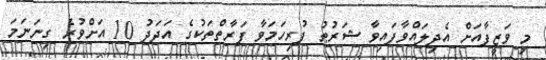
މި ވަޒީފާއަށް އެދިލައްވާފައިވާ ޝަރުޠު ފުރިހަމަވާ ފަރާތްތަކުގެ އަދަދު 10 އަށްވުރެ ގިނަނަމަ